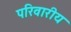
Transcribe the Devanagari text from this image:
परिवारीय